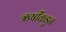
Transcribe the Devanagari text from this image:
ऋषींकडून